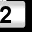
Digit: 2